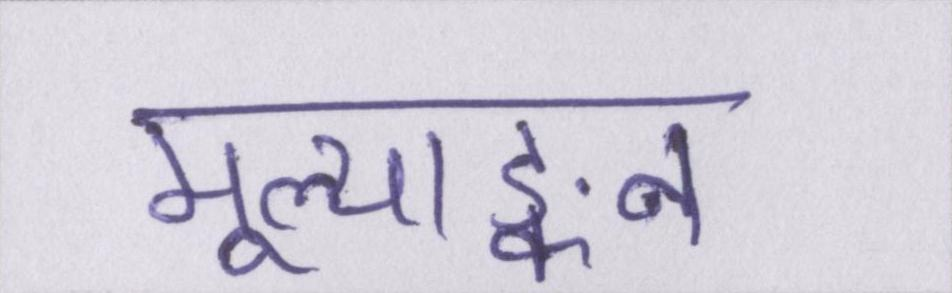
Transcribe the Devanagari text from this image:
मूल्याङ्कन